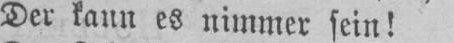
Der kann es nimmer sein!